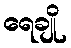
ရေချို